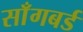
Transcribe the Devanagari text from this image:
साँगबर्ड